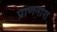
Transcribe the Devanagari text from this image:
प्राणनाश